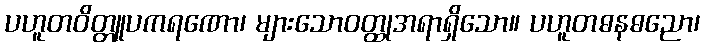
ပဟူတဝိတ္တူပကရဏော၊ များသောဝတ္ထုအရာရှိသော။ ပဟူတဓနဓညော၊